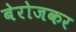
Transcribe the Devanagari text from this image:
बेरोजकर